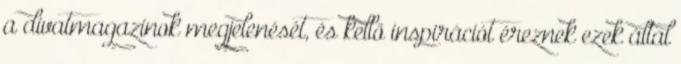
a divatmagazinok megjelenését, és kellő inspirációt éreznek ezek által